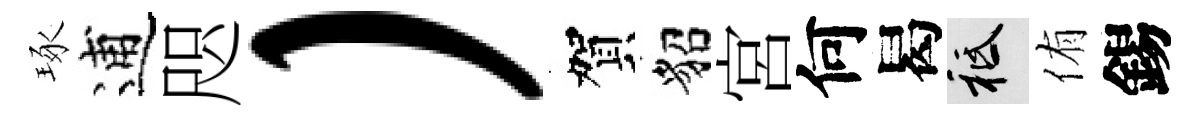
琢逋咫）賀貂宮何曷祇侑錫